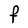
Character: F